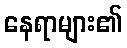
နေရာများ၏